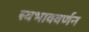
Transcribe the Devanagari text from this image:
स्वभाववर्णन